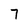
Character: 7